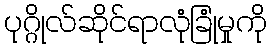
ပုဂ္ဂိုလ်ဆိုင်ရာလုံခြုံမှုကို